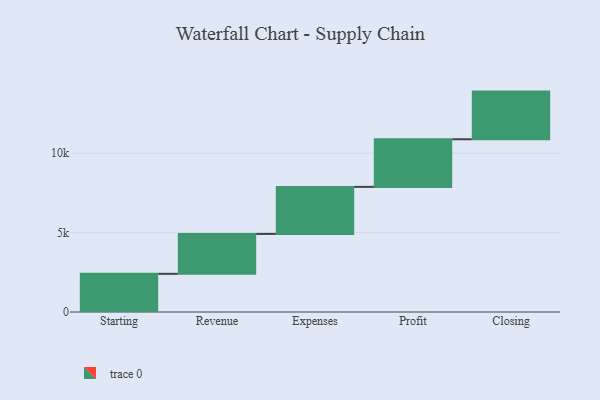
{"axis": {"x": "Step", "y": "Value"}, "legend": [""], "data": [{"x": "Starting", "y": 2404.0, "type": ""}, {"x": "Revenue", "y": 2512.0, "type": ""}, {"x": "Expenses", "y": 2961.0, "type": ""}, {"x": "Profit", "y": 3000, "type": ""}, {"x": "Closing", "y": 3000, "type": ""}]}